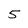
Character: 5